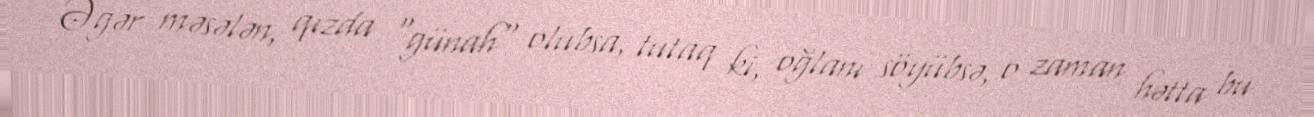
Əgər məsələn, qızda "günah" olubsa, tutaq ki, oğlanı söyübsə, o zaman hətta bu